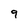
Character: 9